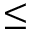
\leq